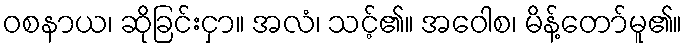
ဝစနာယ၊ ဆိုခြင်းငှာ။ အလံ၊ သင့်၏။ အဝေါစ၊ မိန့်တော်မူ၏။